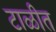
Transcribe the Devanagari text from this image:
टाळीत